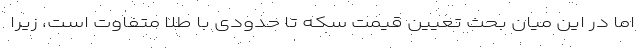
اما در این میان بحث تعیین قیمت سکه تا حدودی با طلا متفاوت است، زیرا